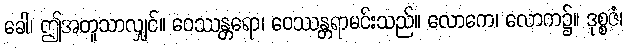
ခေါ၊ ဤအတူသာလျှင်။ ဝေဿန္တရော၊ ဝေဿန္တရာမင်းသည်။ လောကေ၊ လောက၌။ ဒုစ္စဇံ၊